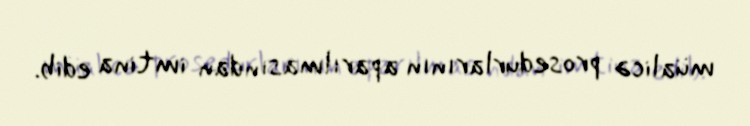
müalicə prosedurlarının aparılmasından imtina edib.